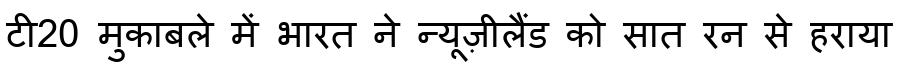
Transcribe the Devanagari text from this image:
टी20 मुकाबले में भारत ने न्यूज़ीलैंड को सात रन से हराया